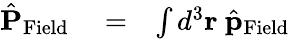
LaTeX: \begin{array}{rlr}{\hat{\mathbf P}_{\mathrm{Field}}}&{{}=}&{\int d^{3}{\mathbf r}\ \hat{\mathbf p}_{\mathrm{Field}}}\end{array}